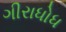
ગીરાધોધ